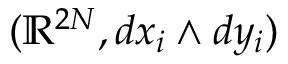
( \mathbb { R } ^ { 2 N } , d x _ { i } \wedge d y _ { i } )